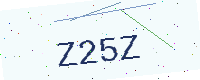
Text: Z25Z